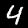
Digit: 4